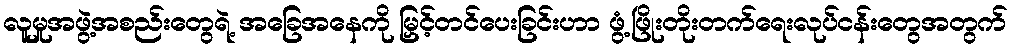
လူမှုအဖွဲ့အစည်းတွေရဲ့ အခြေအနေကို မြှင့်တင်ပေးခြင်းဟာ ဖွံ့ဖြိုးတိုးတက်ရေးလုပ်ငန်းတွေအတွက်